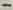
Text: 1